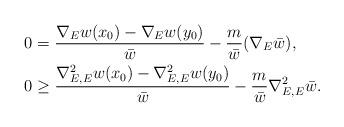
LaTeX: \begin{align*}0 & = \frac{\nabla_E w(x_0) - \nabla_E w(y_0)}{\bar{w}} - \frac{m}{\bar{w}}(\nabla_E\bar{w}), \\0 &\ge \frac{\nabla^2_{E,E} w(x_0) - \nabla^2_{E,E} w(y_0)}{\bar{w}}- \frac{m}{\bar{w}}\nabla^2_{E,E}\bar{w}. \end{align*}